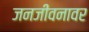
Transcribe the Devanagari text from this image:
जनजीवनावर